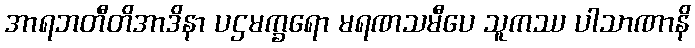
အာရဘတီတိအာဒိနာ ပဌမက္ခရော မရဏသမီပေ သူကဿ ပါသာဏာနိ